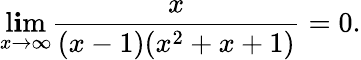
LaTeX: \operatorname*{l\mathbf{i}m}_{x\to\infty}{\frac{{x}}{{(x-1)(x^{2}+x+1)}}}=0.